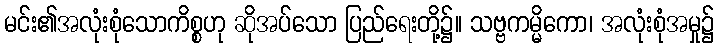
မင်း၏အလုံးစုံသောကိစ္စဟု ဆိုအပ်သော ပြည်ရေးတို့၌။ သဗ္ဗကမ္မိကော၊ အလုံးစုံအမှု၌